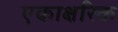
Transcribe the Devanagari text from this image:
एकाक्षरिक